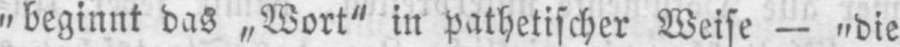
„beginnt das „Wort“ in pathetischer Weise - „die